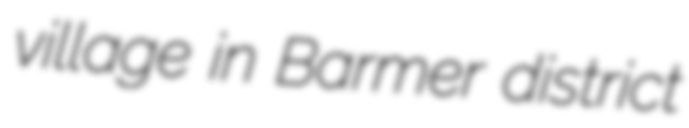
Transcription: village in Barmer district